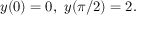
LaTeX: y ( 0 ) = 0 , \ y ( \pi / 2 ) = 2 .